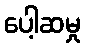
ပေါ့ဆမှု